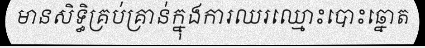
មានសិទ្ធិគ្រប់គ្រាន់ក្នុងការឈរឈ្មោះបោះឆ្នោត